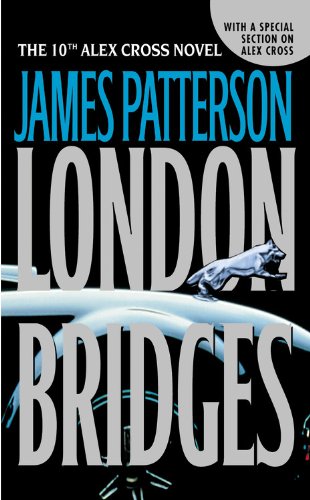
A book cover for London Bridges (Alex Cross); James Patterson; Mystery, Thriller & Suspense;